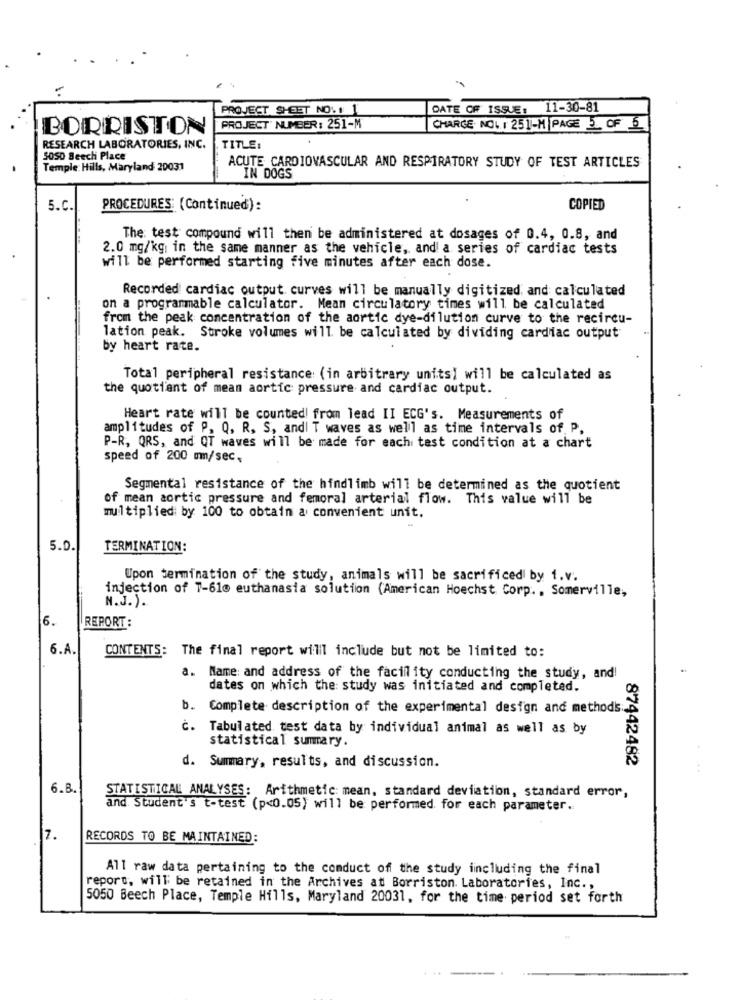
PROJECT SHEET NO.1 1
DATE OF ISSUE, 11-30-81
BORRISTON
PROJECT" NUMBER: 251-M
CHARGE. NO .. I 251-M |PAGE . OF 6
RESEARCH LABORATORIES, INC.
TITLE:
5050 Beech Place
Temple: Hills, Maryland 20031
ACUTE CARDIOVASCULAR AND RESPIRATORY STUDY OF TEST ARTICLES
IN DOGS
5.C
PROCEDURES: (Continued):
COPIED
The test compound will then be administered at dosages of 0.4, 0.8, and
2.0 mg/kg; in the same manner as the vehicle, and a series of cardiac tests
will be performed starting five minutes after each dose.
Recorded cardiac output curves will be manually digitized and calculated
on a programmable calculator. Mean circulatory times will be calculated
from the peak concentration of the aortic dye-dilution curve to the recircu-
lation peak. Stroke volumes will be calculated by dividing cardiac output
by heart rate.
Total peripheral resistance: (in arbitrary units) will be calculated as
the quotient of mean aortic pressure and cardiac output.
Heart rate will be counted! from lead II ECG's. Measurements of
amplitudes of P. Q, R, S, andi T waves as well as time intervals of. P.
P-R, QRS, and QT waves will be made for each test condition at a chart
speed of 200 mm/sec,
Segmental resistance of the hindlimb will be determined as the quotient
of mean aortic pressure and femoral arterial flow. This value will be
multiplied by 100 to obtain a convenient unit.
5.0.
TERMINATION:
Upon termination of the study, animals will be sacrificed by i.v.
injection of T-610 euthanasia solution (American Hoechst Corp ., Somerville,
N.J. ).
6.
REPORT :
6.A.
CONTENTS: The final report will include but not be limited to:
a. Name and address of the facility conducting the study, and!
dates on which the study was initiated and completed.
b. Complete description of the experimental design and methods:
C. Tabulated test data by individual animal as well as by
statistical summary.
87442482
d. Summary, results, and discussion.
+-
6.B.
STATISTICAL ANALYSES: Arithmetic: mean, standard deviation, standard error,
and. Student's t-test (p<0.05) will be performed. for each parameter.
7.
RECORDS TO BE MAINTAINED:
All raw data pertaining to the conduct off the study iincluding the final
report, will be retained in the Archives at Borriston. Laboratories, Inc .,
5050 Beech Place, Temple Hills, Maryland 20031, for the time period set forth
-----